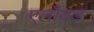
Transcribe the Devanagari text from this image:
एलॉयड